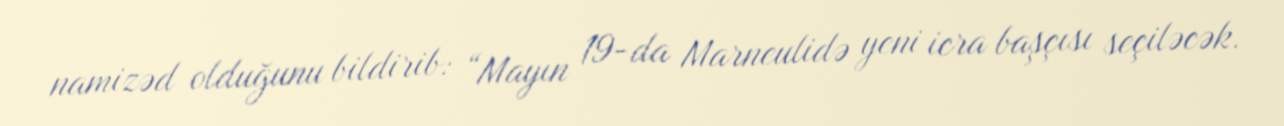
namizəd olduğunu bildirib: “Mayın 19-da Marneulidə yeni icra başçısı seçiləcək.